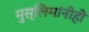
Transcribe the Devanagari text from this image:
मुस्लिमांनीही